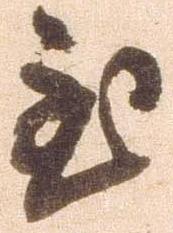
至